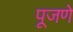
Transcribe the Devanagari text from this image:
पूजणे